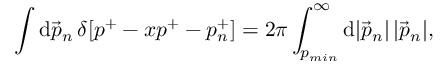
\int \mathrm { d } { \Vec p } _ { n } \, \delta [ p ^ { + } - x p ^ { + } - p _ { n } ^ { + } ] = 2 \pi \int _ { p _ { m i n } } ^ { \infty } \mathrm { d } \vert { \Vec p } _ { n } \vert \, \vert { \Vec p } _ { n } \vert ,